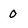
Character: 0